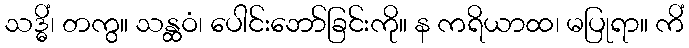
သဒ္ဓိံ၊ တကွ။ သန္ထဝံ၊ ပေါင်းဘော်ခြင်းကို။ န ကရိယာထ၊ မပြုရာ။ ကိံ